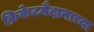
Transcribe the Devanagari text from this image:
क्रिकेटमैदानाच्या